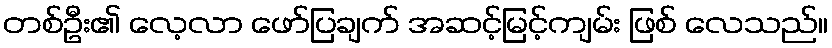
တစ်ဦး၏ လေ့လာ ဖော်ပြချက် အဆင့်မြင့်ကျမ်း ဖြစ် လေသည်။